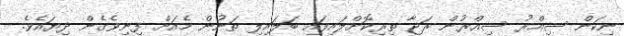
ނިކަން ސިއްރު ސިއްރުން ރަޖާ ތިރިކޮށްލައިފައި ބަލައިލި ތަނުން މެއަށް ފިނިވެގެން ދިޔައެވެ.